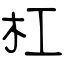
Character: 杠